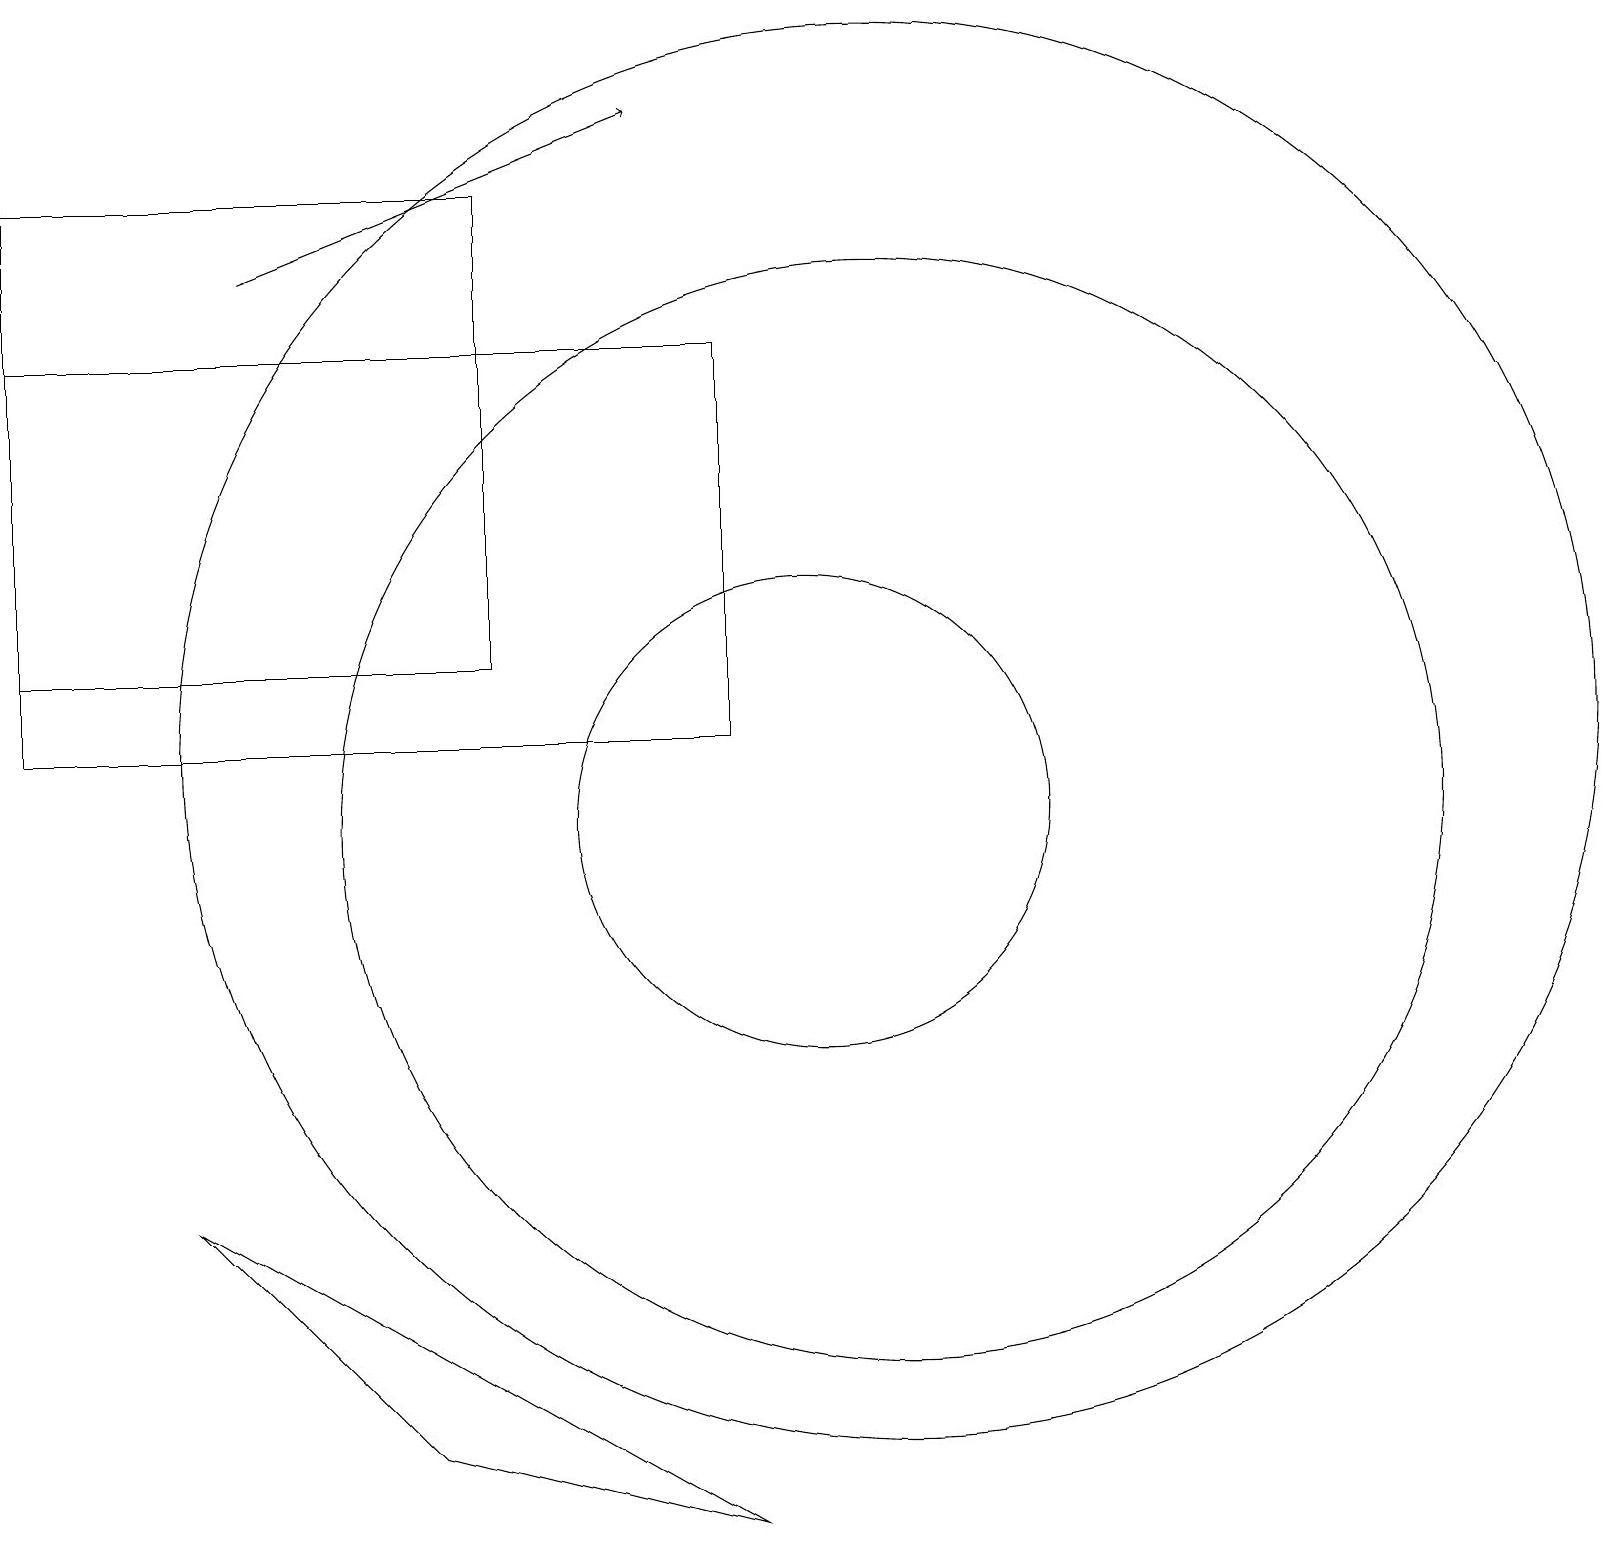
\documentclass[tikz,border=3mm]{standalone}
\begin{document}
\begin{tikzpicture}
\draw (11,11) circle (9);
\draw (6,18) rectangle (0,12);
\draw (10,10) circle (3);
\draw (9,1) -- (5,2) -- (2,5) -- cycle;
\draw[->] (3,17) -- (8,19);
\draw (11,10) circle (7);
\draw (9,11) rectangle (0,16);
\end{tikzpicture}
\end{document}